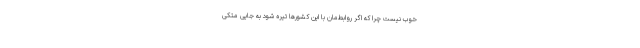
خوب نیست چرا که اگر روابط‌مان با این کشورها تیره شود به جایی متکی